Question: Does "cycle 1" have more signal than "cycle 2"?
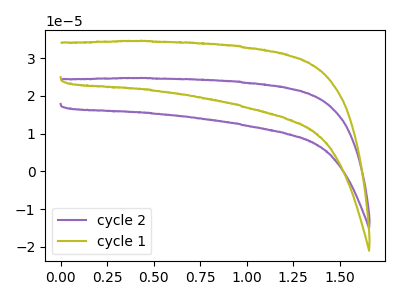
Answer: <think>The purple curve "cycle 2" has no peaks. The olive curve "cycle 1" has no peaks.
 Neither "cycle 1" or "cycle 2" have any peaks.</think>
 <answer>I cant tell if "cycle 1" or "cycle 2" has more signal.</answer>
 <eval>mixed_signal</eval>